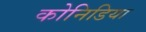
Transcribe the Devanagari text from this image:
कोनिडिया